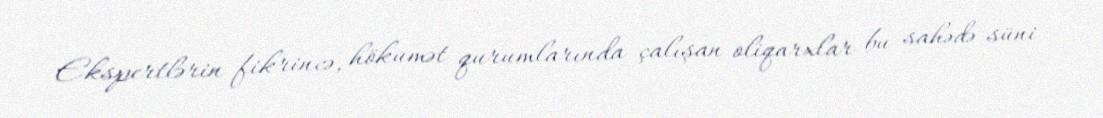
Ekspertlərin fikrincə, hökumət qurumlarında çalışan oliqarxlar bu sahədə süni